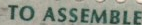
TO ASSEMBLE